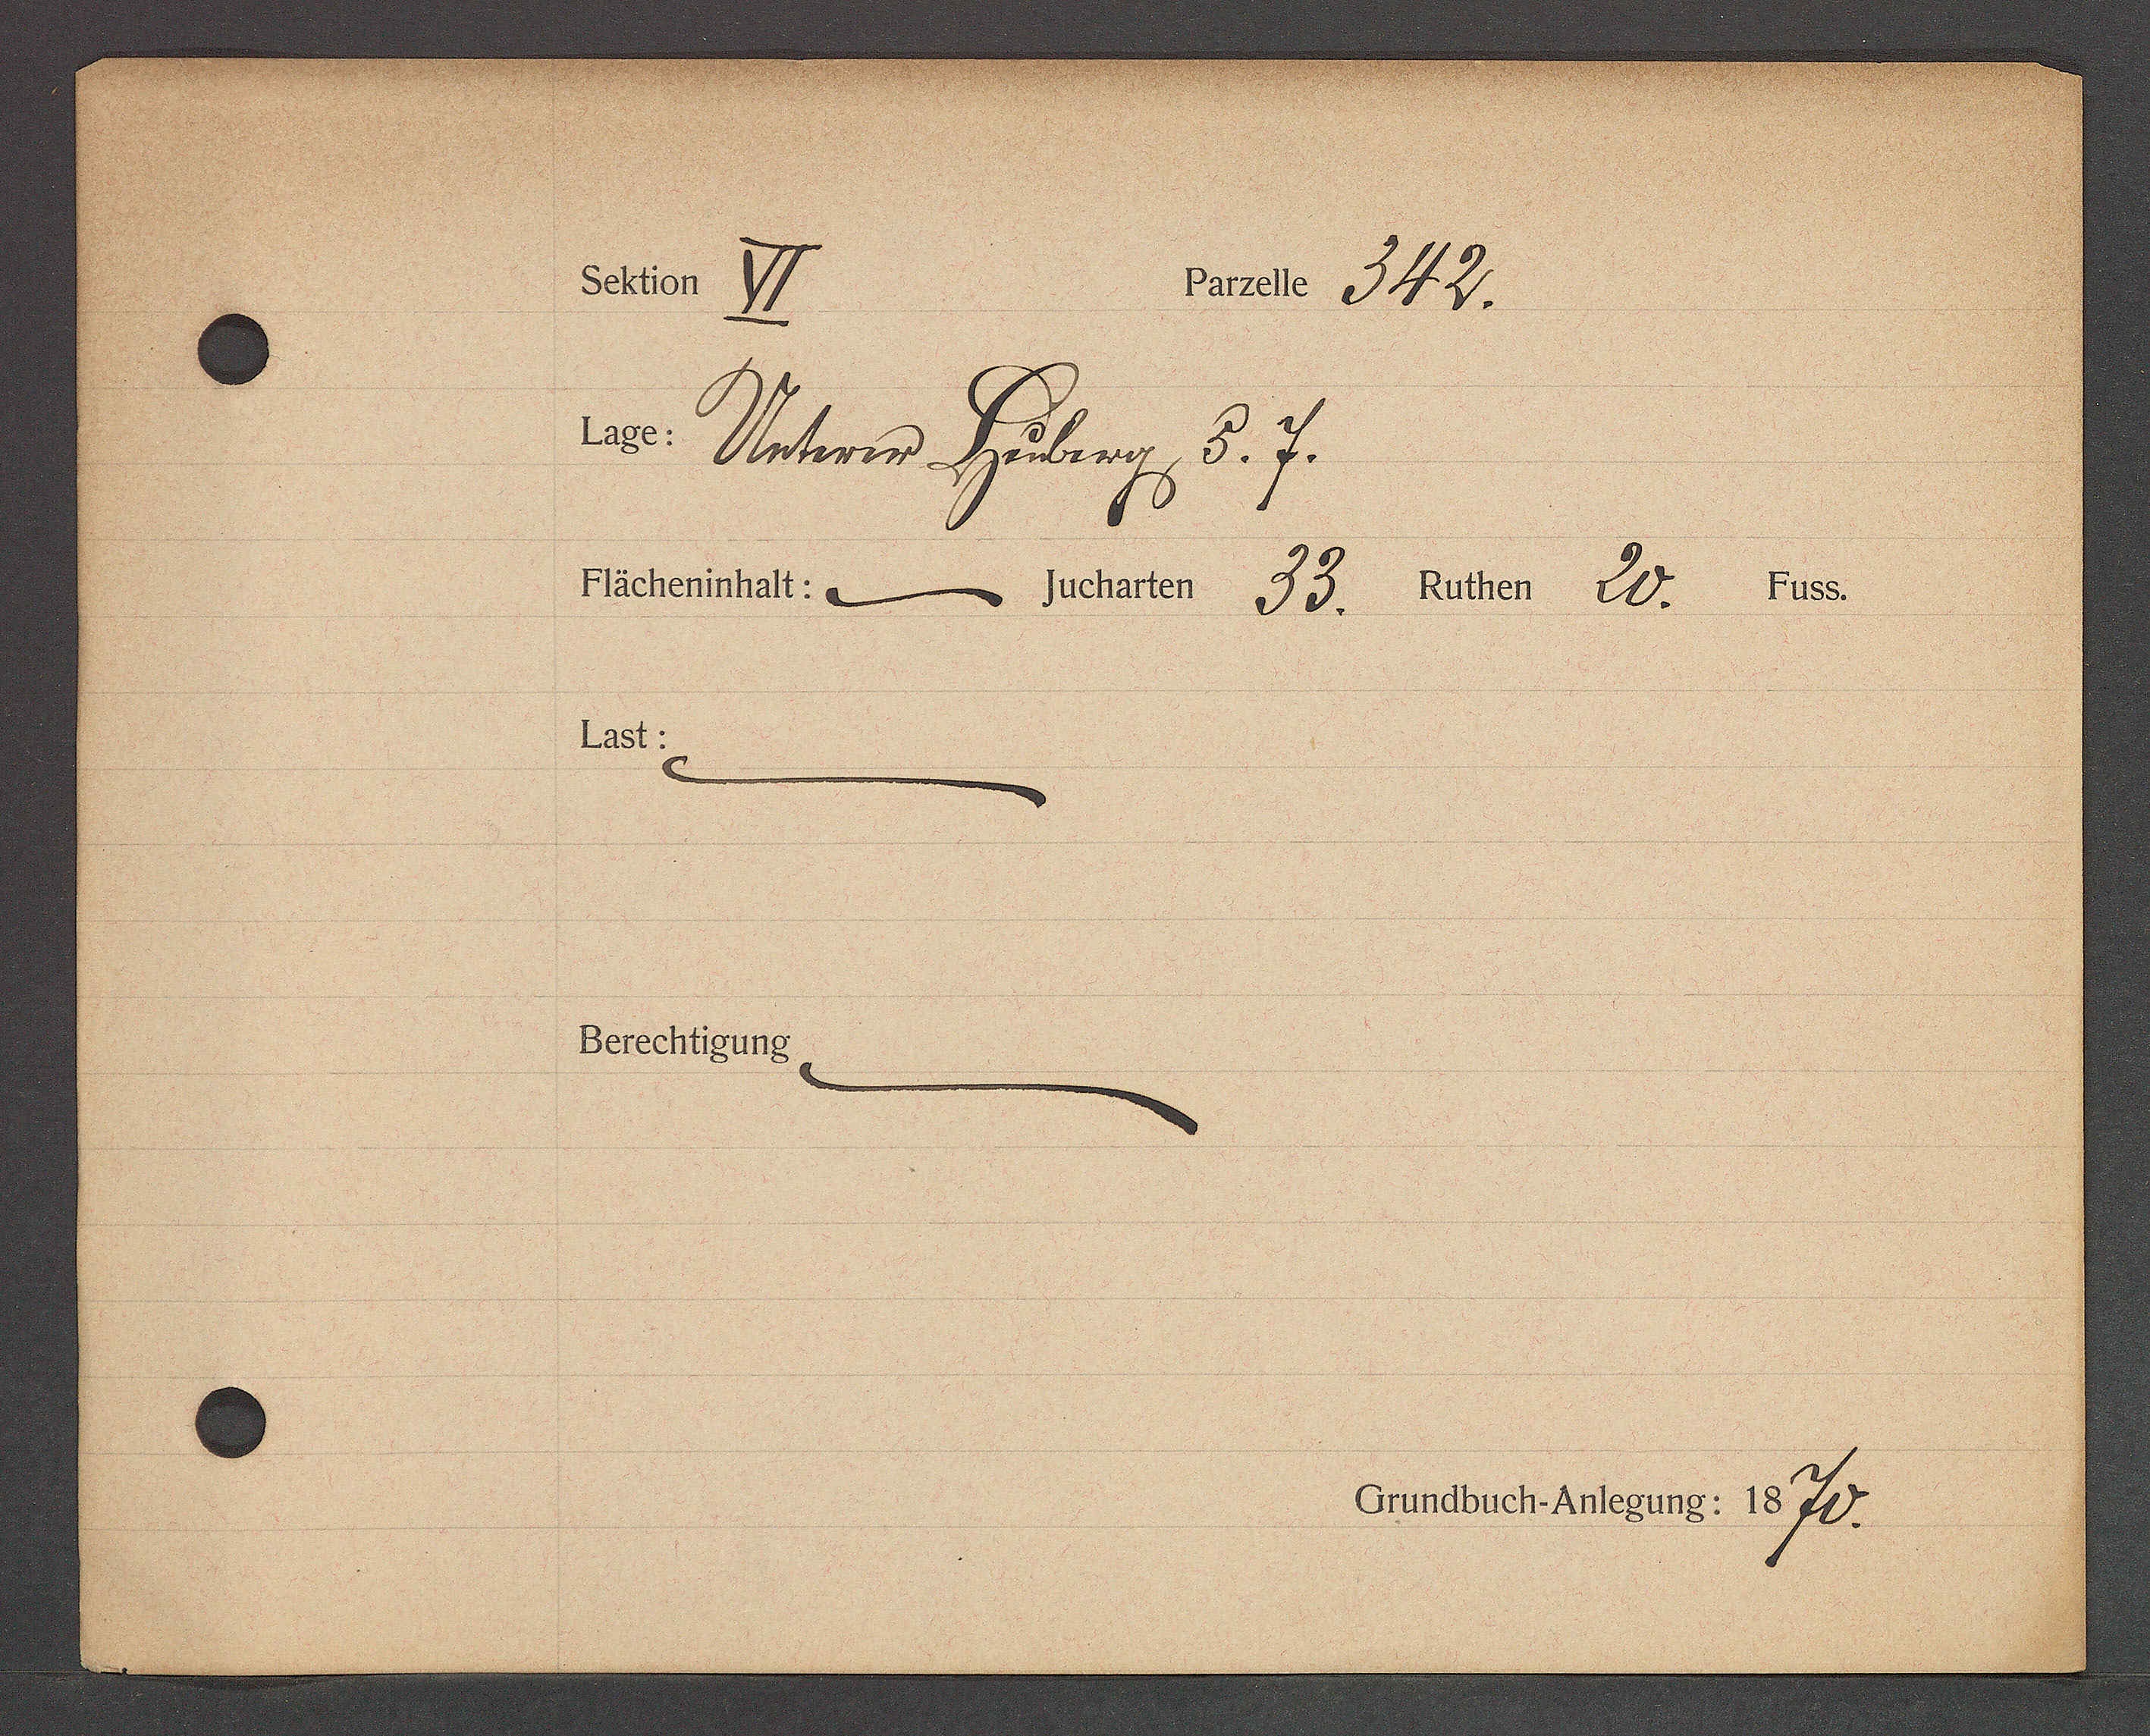
Transcript:
Schlor V)
Pauel= 31/2.
a Reters Felug 87.
Fächeninhalt:- Jucharten, 53. Ruthen 227 Fuss.
Last:
Berechtigung,
Grundbuch-Anlegung: 18717